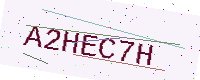
Text: A2HEC7H